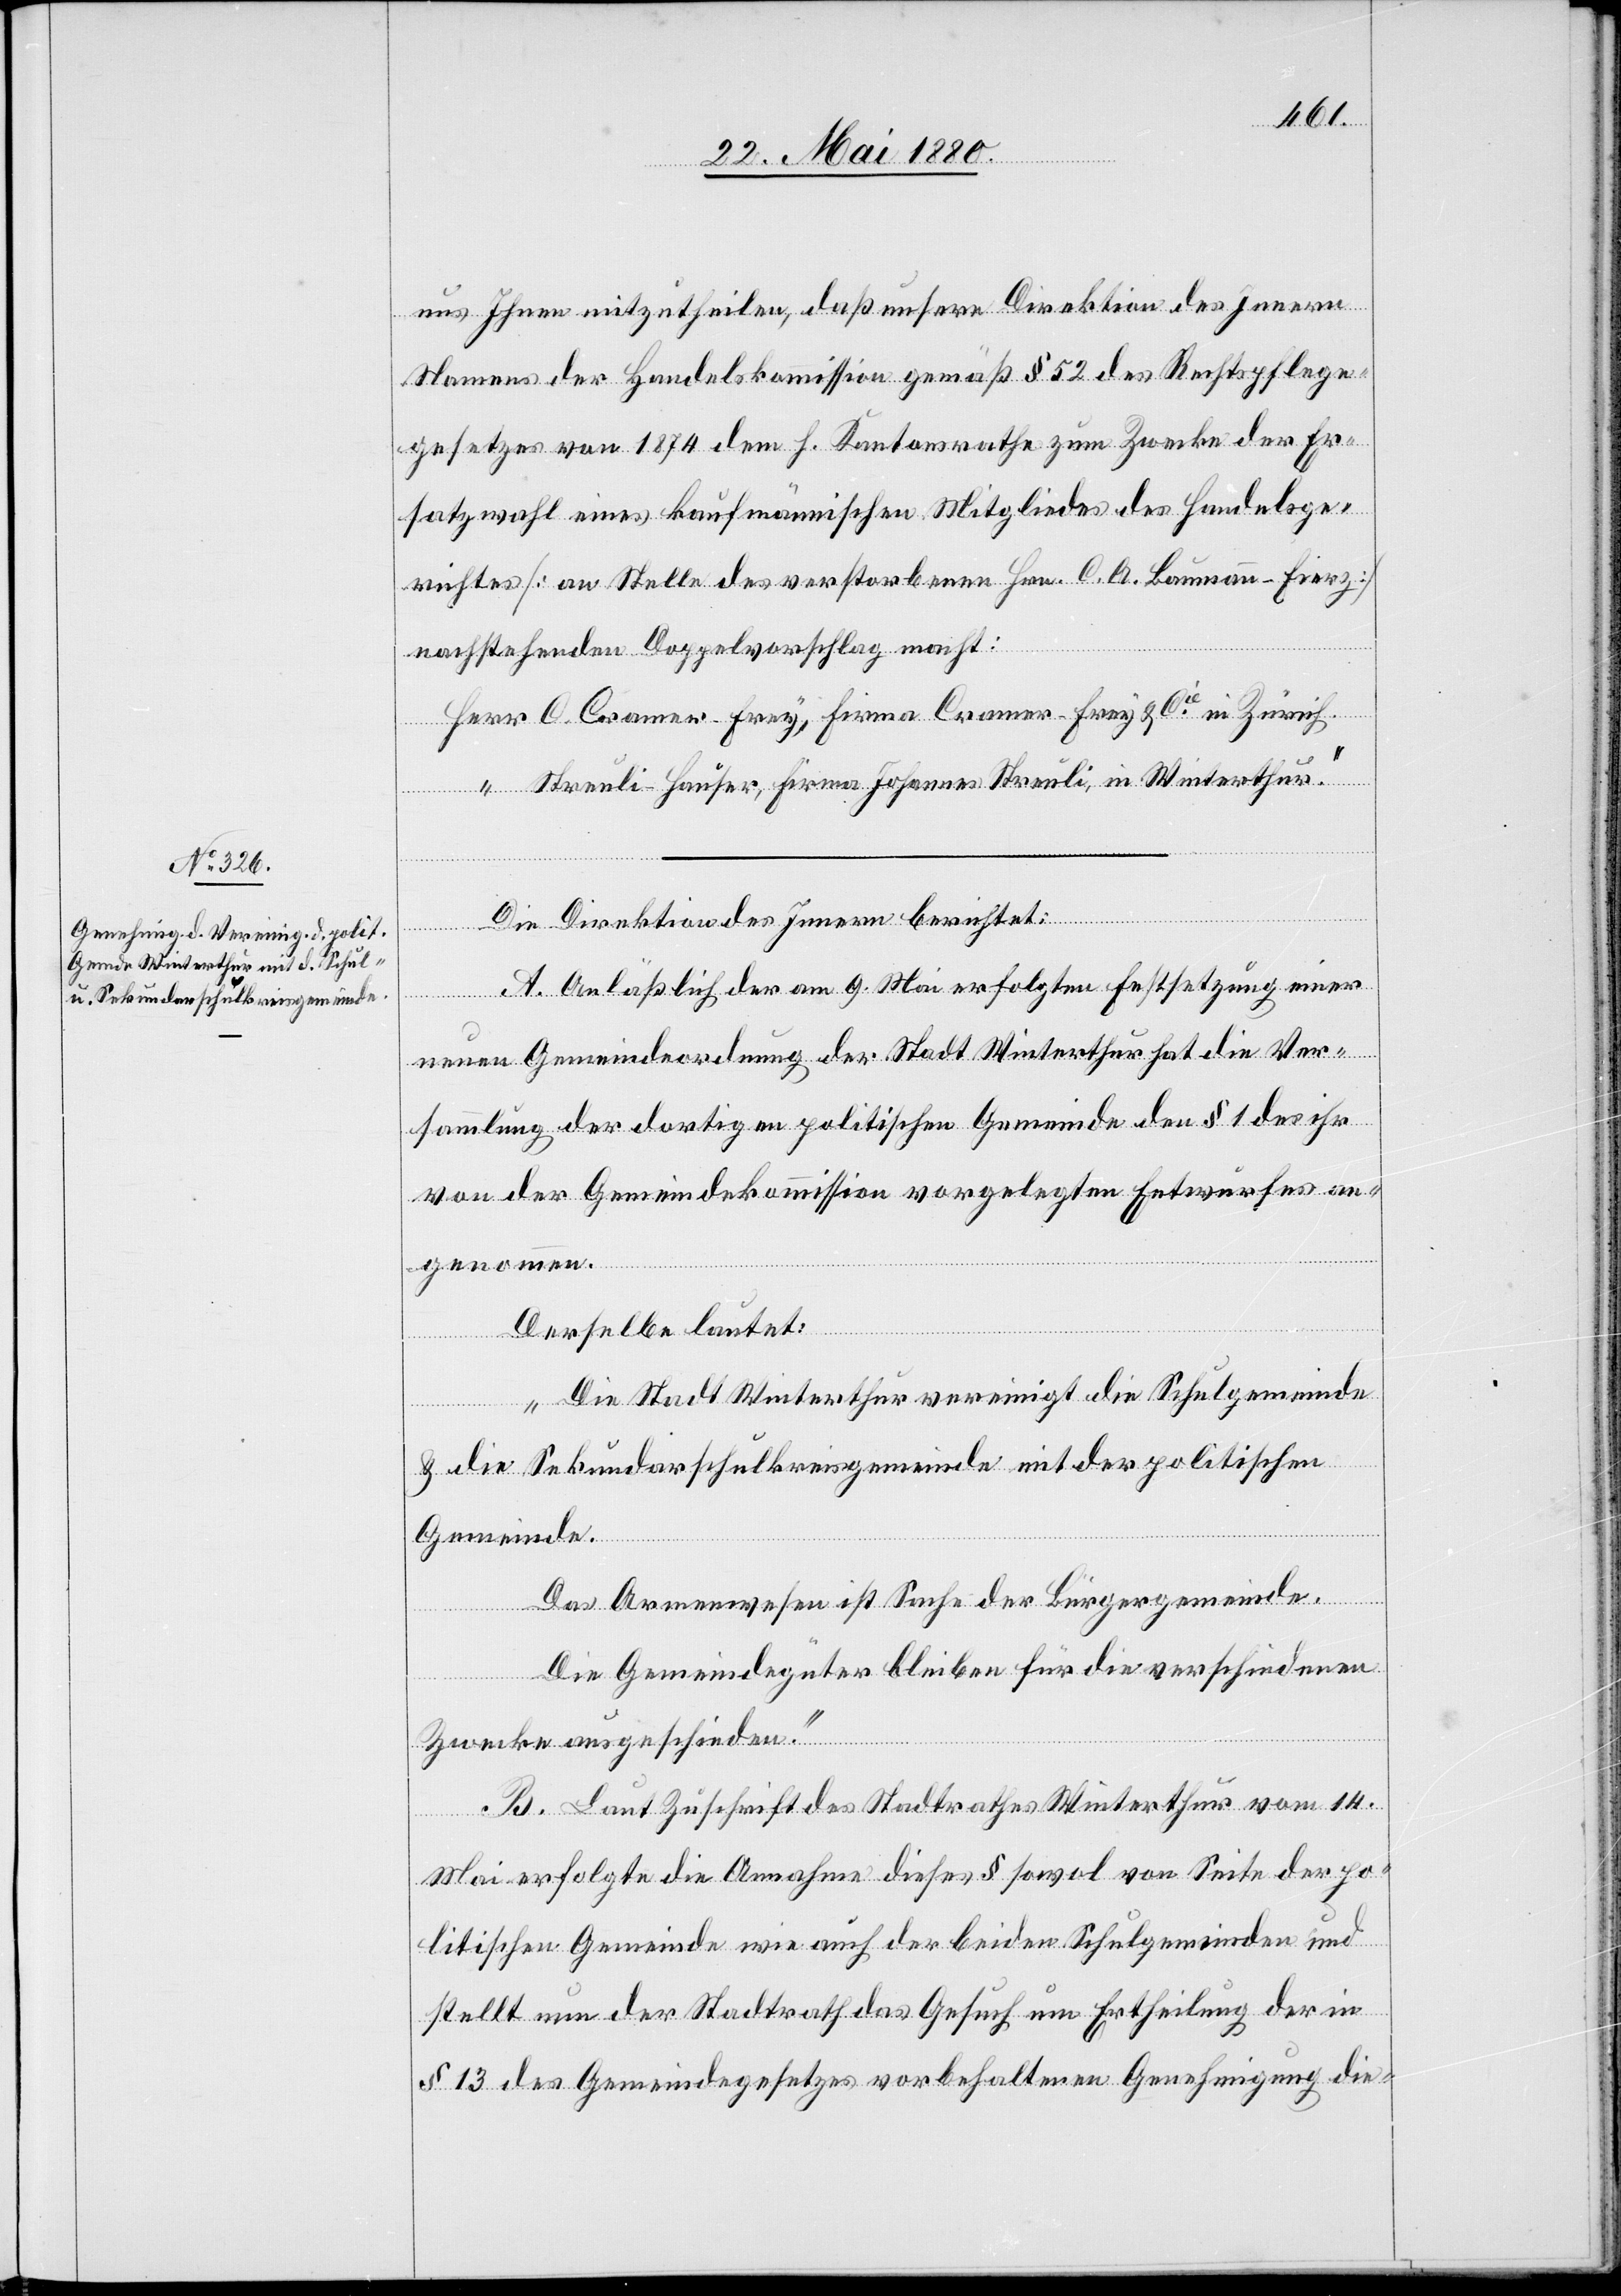
uns Ihnen mitzutheilen, daß unsere Direktion des Innern
Namens der Handelskommission gemäß § 52 des Rechtspflege¬
gesetzes von 1874 dem h. Kantonsrathe zum Zwecke der Er¬
satzwahl eines kaufmännischen Mitgliedes des Handelsge¬
richtes [an Stelle des verstorbenen Hrn. C. A. Baumann-Fierz]
nachstehenden Doppelvorschlag macht:
Herr C. Cramer-Frey, Firma Cramer-Frey & Cie in Zürich.
“ Streuli-Hauser, Firma Johannes Streuli, in Winterthur.“
Die Direktion des Innern berichtet:
A. Anläßlich der am 9. Mai erfolgten Festsetzung einer
neuen Gemeindeordnung der Stadt Winterthur hat die Ver¬
sammlung der dortigen politischen Gemeinde den § 1 des ihr
von der Gemeindekommission vorgelegten Entwurfes an¬
genommen.
Derselbe lautet:
„Die Stadt Winterthur vereinigt die Schulgemeinde
& die Sekundarschulkreisgemeinde mit der politischen
Gemeinde.
Das Armenwesen ist Sache der Bürgergemeinde.
Die Gemeindegüter bleiben für die verschiedenen
Zwecke ausgeschieden.“
B. Laut Zuschrift des Stadtrathes Winterthur vom 14.
Mai erfolgte die Annahme dieses § sowol von Seite der po¬
litischen Gemeinde wie auch der beiden Schulgemeinden und
stellt nun der Stadtrath das Gesuch um Ertheilung der in
§ 13 des Gemeindegesetzes vorbehaltenen Genehmigung die-